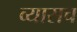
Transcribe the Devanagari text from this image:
व्यासच